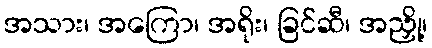
အသား၊ အကြော၊ အရိုး၊ ခြင်ဆီ၊ အညှို့၊